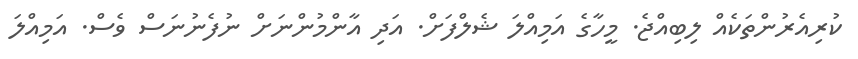
ކުރިއެރުންތަކެއް ލިބިއްޖެ. މީހާގެ އަމިއްލަ ޝެލްފަށް. އަދި އާންމުންނަށް ނުފެނުނަސް ވެސް. އަމިއްލަ